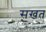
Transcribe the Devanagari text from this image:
सखत